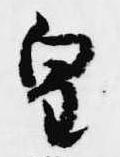
皇